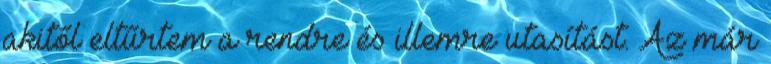
akitől eltűrtem a rendre és illemre utasítást. Az már